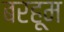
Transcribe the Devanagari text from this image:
बरहूम